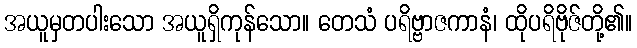
အယူမှတပါးသော အယူရှိကုန်သော။ တေသံ ပရိဗ္ဗာဇကာနံ၊ ထိုပရိဗိုဇ်တို့၏။